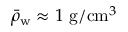
\bar { \rho } _ { \mathrm { w } } \approx 1 \ \mathrm { g } / \mathrm { c m } ^ { 3 }